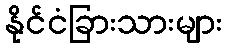
နိုင်ငံခြားသားများ